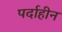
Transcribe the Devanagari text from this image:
पर्दाहीन